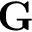
\mathbf G